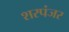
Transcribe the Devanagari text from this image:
शरपंजर